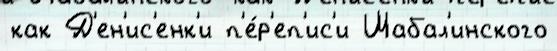
как Д'ен'ис'енк'и п'е́р'еп'ис'и Шабал'инского